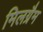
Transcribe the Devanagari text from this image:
मिलग्रैम